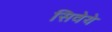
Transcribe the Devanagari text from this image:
सिवेये